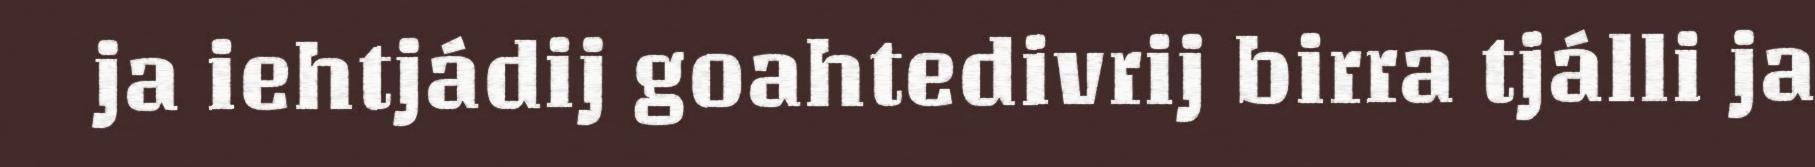
ja iehtjádij goahtedivrij birra tjálli ja